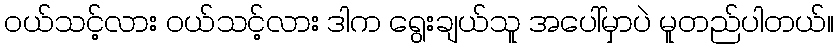
ဝယ်သင့်လား ဝယ်သင့်လား ဒါက ရွေးချယ်သူ အပေါ်မှာပဲ မူတည်ပါတယ်။